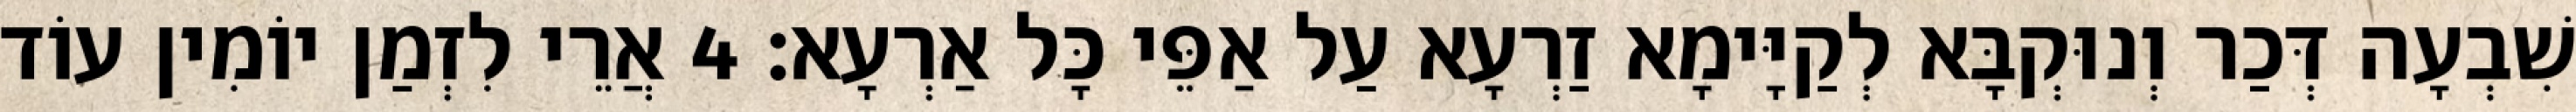
שִׁבְעָה דְּכַר וְנוּקְבָּא לְקַיָּימָא זַרְעָא עַל אַפֵּי כָּל אַרְעָא׃ 4 אֲרֵי לִזְמַן יוֹמִין עוֹד